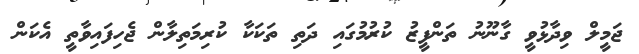
ޖަމީލް ވިދާޅުވީ ގާނޫނު ތަންފީޒު ކުރުމުގައި ދަތި ތަކަކާ ކުރިމަތިލާން ޖެހިފައިވާތީ އެކަން